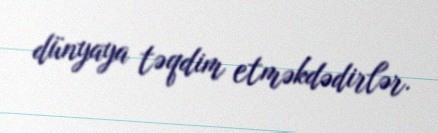
dünyaya təqdim etməkdədirlər.